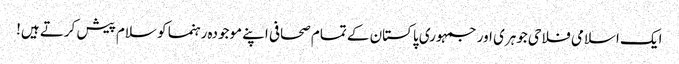
ایک اسلامی فلاحی جوہری اور جمہوری پاکستان کے تمام صحافی اپنے موجودہ رہنما کو سلام پیش کرتے ہیں!